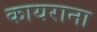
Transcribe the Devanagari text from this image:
कायराना